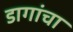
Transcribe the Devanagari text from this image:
डागांचा